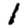
Digit: 1